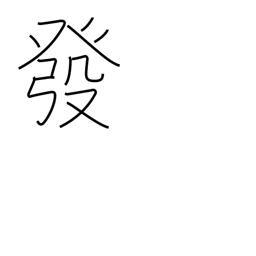
Meaning: publish